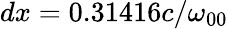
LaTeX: dx=0.31416c/\omega_{00}